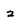
Character: 2